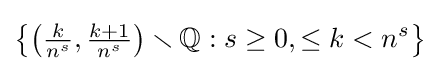
\left\{\left({\tfrac {k}{n^{s}}},{\tfrac {k+1}{n^{s}}}\right)\smallsetminus \mathbb {Q} :s\geq 0,\leq k<n^{s}\right\}